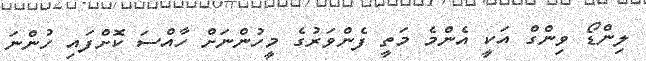
ލިންޑޯ ވިންގް އަކީ އެންމެ މަތީ ފެންވަރުގެ މީހުންނަށް ހާއްސަ ކޮށްފައި ހުންނަ